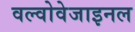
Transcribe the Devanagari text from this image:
वल्वोवेजाइनल